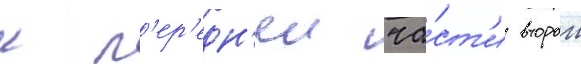
к п'ер'едн'еи ча́ст'и второи